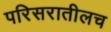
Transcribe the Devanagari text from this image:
परिसरातीलच